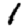
Digit: 1